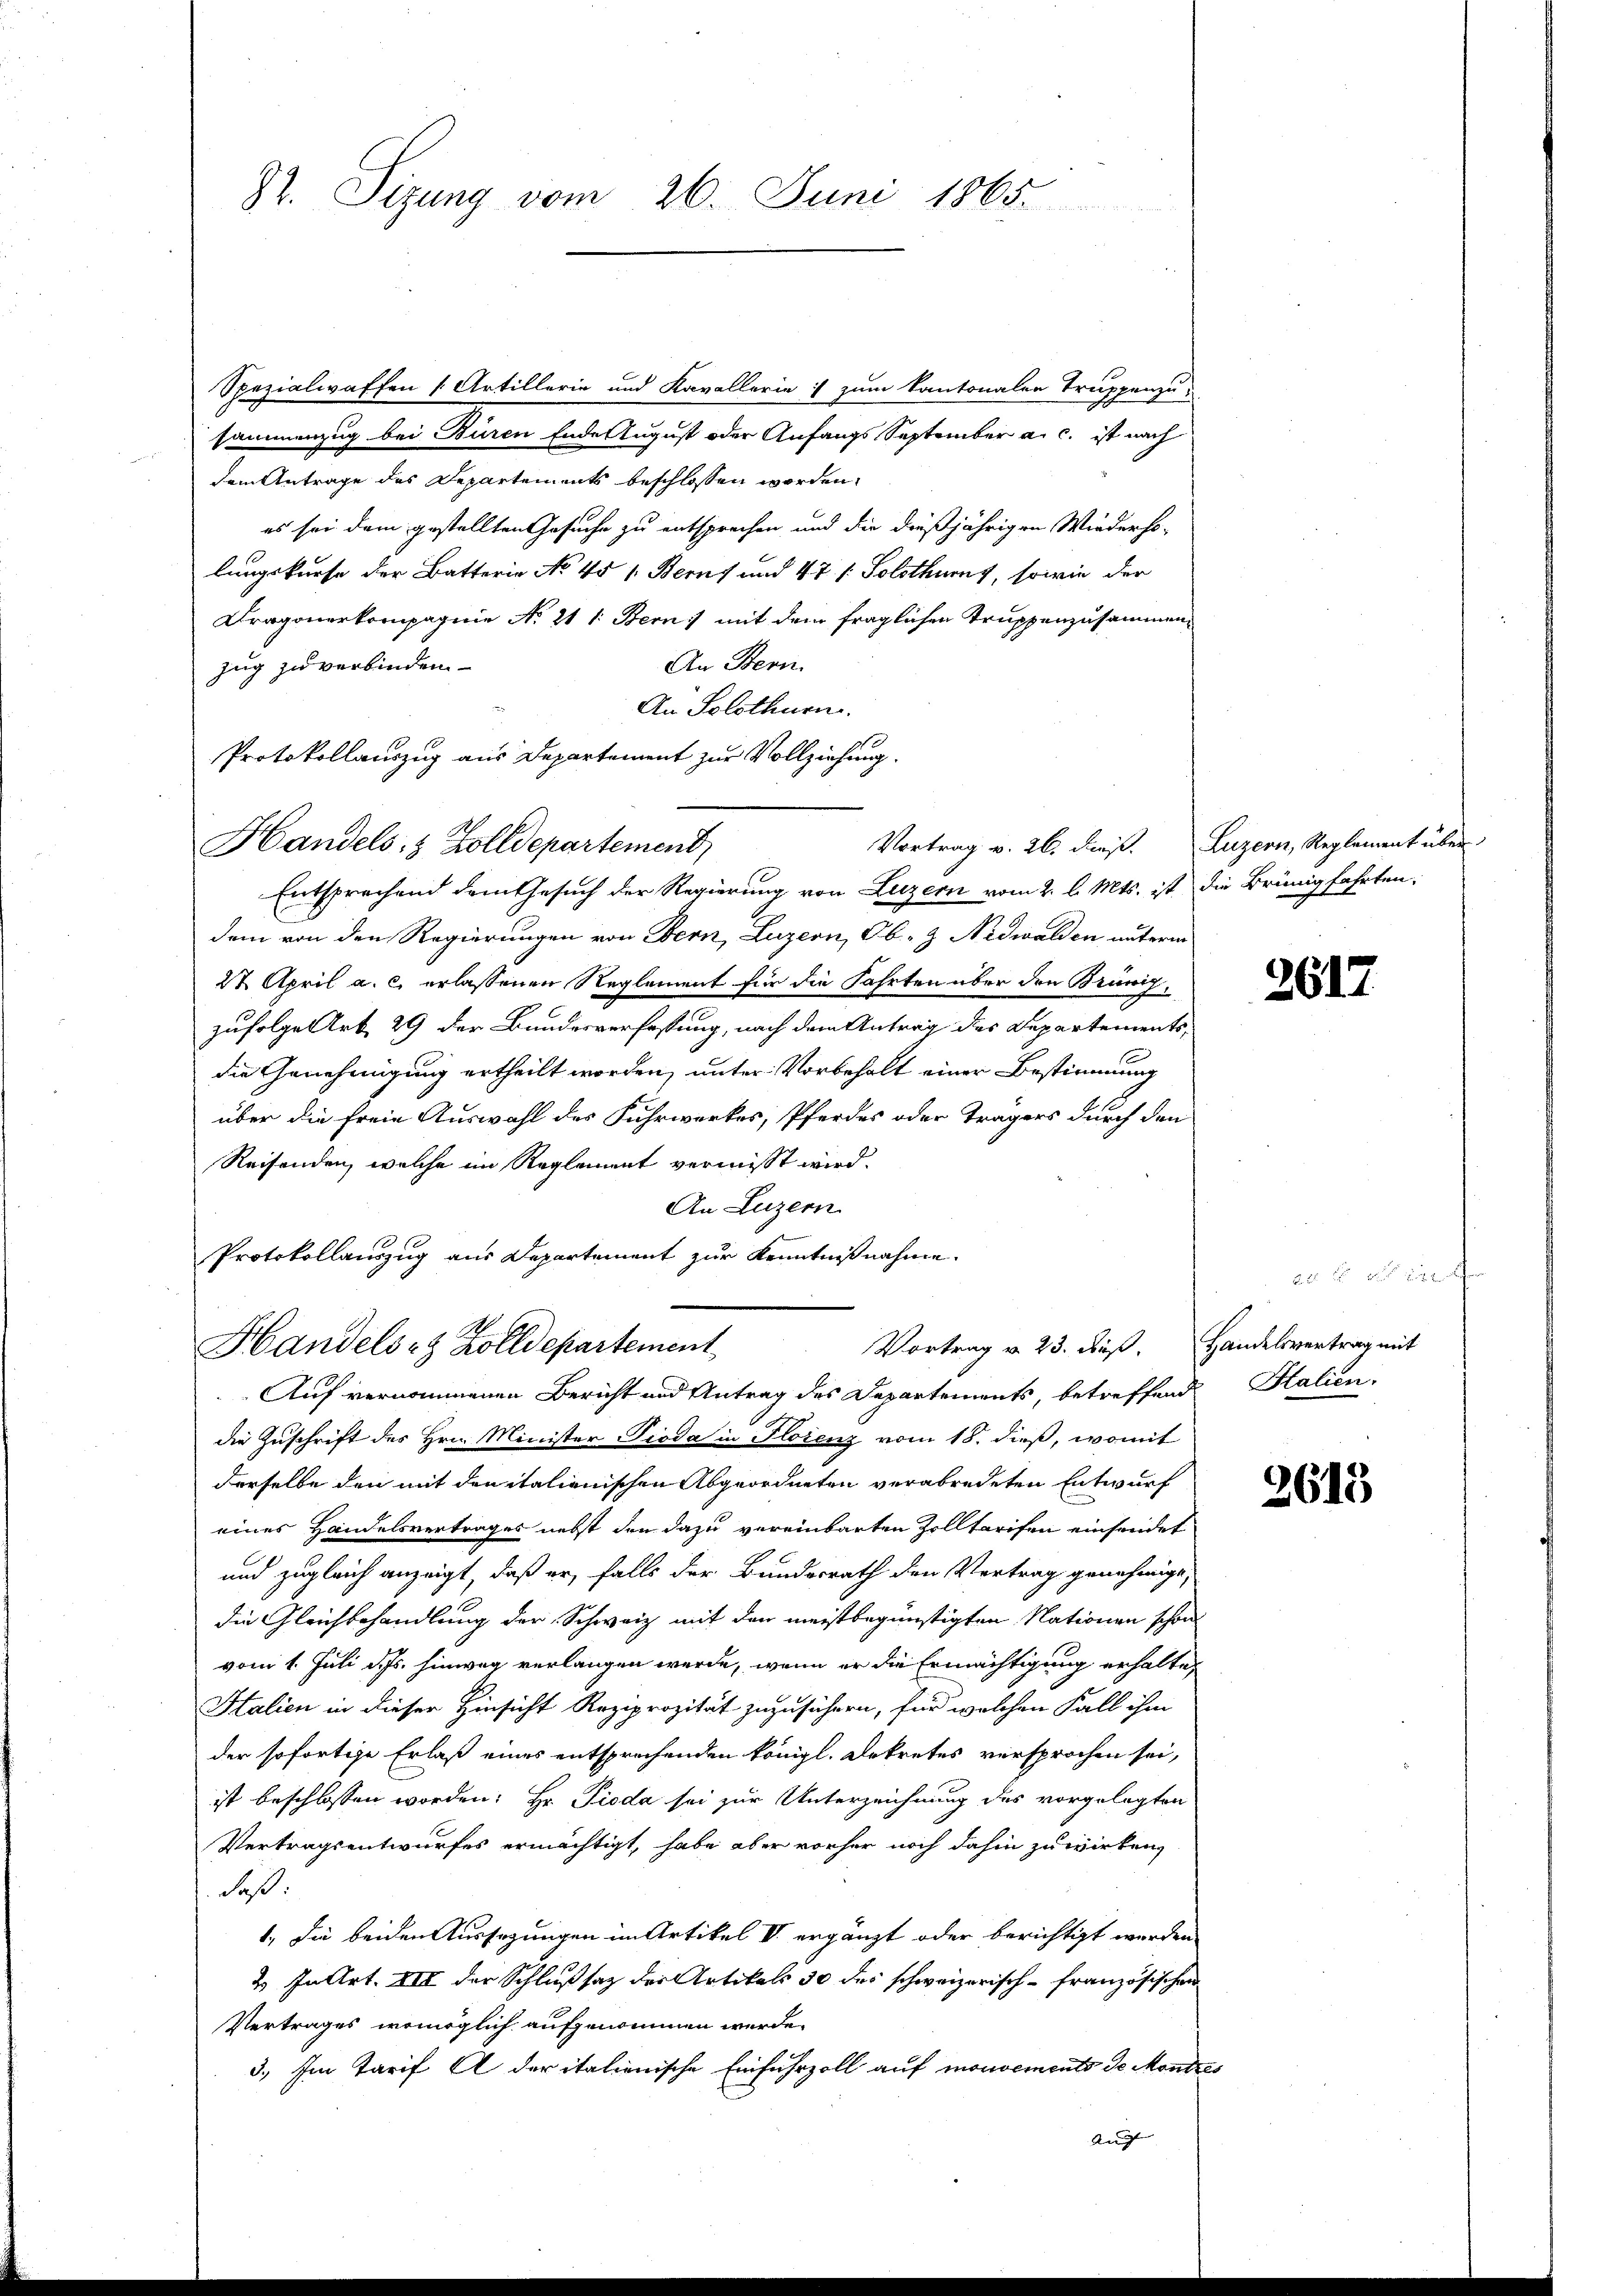
82. Sizung vom 26. Juni 1865.

Spezialwaffen 1. Artillerie und Kavallerie zum kantonalen Truppenzun
sammenzug bei Buren Ende August oder Anfangs September a. c. ist nach
dem Antrage des Departements beschlossen worden.
es sei dem gestellten Gesuche zu entsprechen und die dießjährigen Wiederho-
lungskurse der Batterie No 451. Berns und 47 / Solothurn, sowie der
Dragonerkompagnie No. 211. Bern) mit dem fraglichen Truppenzusammen
An Bern.
zug zu verbinden
An Solothurn.
Vortrag v. 26. dieß. Luzern, Reglement über
Entsprechend dem Gesuch der Regierung von Luzern vom 2. l. Mts. ist die Brünigfahrten:
dem von den Regierungen von Bern, Luzern, Ob- & Nidwalden unterm
27. April a. c. erlassenen Reglement für die Fahrten über den Brünigzufolge Art. 29 der Bundesverfassung, nach dem Antrag des Departements,
die Genehmigung ertheilt worden, unter Vorbehalt einer Bestimmung
über die freie Auswahl des Fuhrwerkes, Pferdes oder Trägers durch den
Reisenden, welche im Reglement vermisst wird.
An Luzern
Protokollauszug aus Departement zur Kenntnißnahme.

Protokollauszug aus Departement zur Vollziehung.
Handels- & Zolldepartement

Vortrag v. 23. Fuß. Handelsvertrag mit
Handels- & Zolldepartement
Auf vernommenen Bericht und Antrag des Departements, betreffend Salien-

die Zuschrift des Hrn. Minister Pioda in Florenz vom 18. dieß, womit
derselbe den mit den italienischen Abgeordneten verabredeten Entwurf
eines Handelsvertrages nebst den dazu vereinbarten Zolltarifen einsendet
und zugleich anzeigt, daß er, falls der Bundesrath den Vortrag genehmigt,
die Gleichbehandlung der Schweiz mit den meistbegünstigten Nationen schon
vom 1. Juli d. Js. hinweg verlangen werde, wenn er die Ermächtigung erhalten
Stalien in dieser Hinsicht Reziprozität zuzusichern, für welchen Fall ihm
der sofortige Erlaß eines entsprechenden königl. Dekretes versprochen sei,
ist beschlossen worden: Hr. Pioda sei zur Unterzeichnung des vorgelegten
Vertragsentwurfes ermächtigt, habe aber vorher noch dahin zu wirken,
daß.
1.) Die beiden Aussagungen im Artikel V ergänzt oder berichtigt werden
2. In Art. XII der Schlußsatz der Artikals 30 des schweizerisch-französischen
Vertrages womöglich aufgenommen werde.
3.) Im Tarif A der italienische Einfuhrzoll auf mouvements de Mondres
Auch |

2617

2615